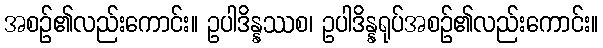
အစဉ်၏လည်းကောင်း။ ဥပါဒိန္နဿစ၊ ဥပါဒိန္နရုပ်အစဉ်၏လည်းကောင်း။